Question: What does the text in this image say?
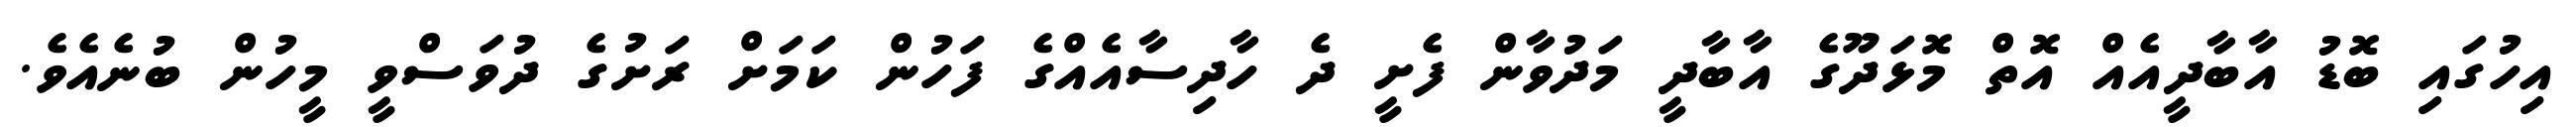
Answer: އިހުގައި ބޮޑު އާބާދީއެއް އޮތް މޮޅަދޫގެ އާބާދީ މަދުވާން ފެށީ ދެ ހާދިސާއެއްގެ ފަހުން ކަމަށް ރަށުގެ ދުވަސްވީ މީހުން ބުނެއެވެ.